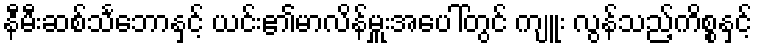
နီမီးဆစ်သင်္ဘောနှင့် ယင်း၏မာလိန်မှူးအပေါ်တွင် ကျူး လွန်သည့်ကိစ္စနှင့်